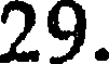
29.